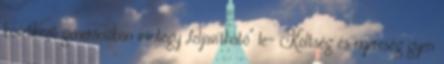
következő generációban mintegy „feljavítható” le- Költség és nyereség gyen